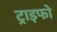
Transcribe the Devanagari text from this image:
ट्राइफो